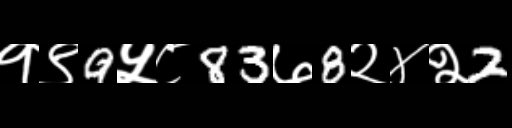
Text: १९9५८83७8२४२2